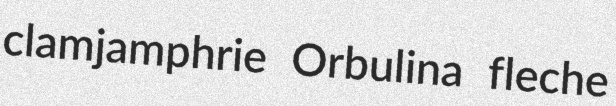
clamjamphrie Orbulina fleche